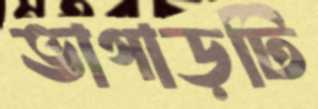
ভাগাড়টি